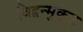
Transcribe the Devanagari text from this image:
विद्वन्मुकुट